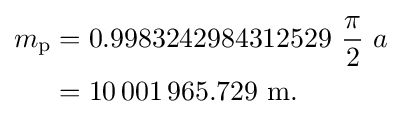
{\begin{aligned}m_{\mathrm {p} }&=0.9983242984312529\ {\frac {\pi }{2}}\ a\\&=10\,001\,965.729{\mbox{ m.}}\end{aligned}}